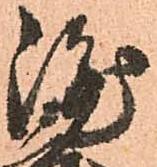
隆